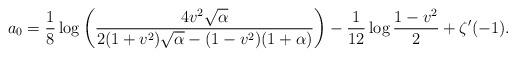
LaTeX: \begin{align*}a_0=\frac{1}{8}\log\left(\frac{4v^2\sqrt\alpha}{2(1+v^2)\sqrt\alpha-(1-v^2)(1+\alpha)}\right)-\frac{1}{12}\log\frac{1-v^2}{2}+\zeta'(-1).\end{align*}